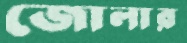
জোলার